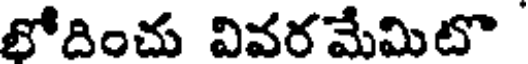
లోదించు వివరమేమిటొ